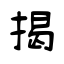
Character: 揭